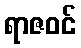
ရာဇဝင်